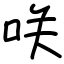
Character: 咲